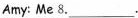
Amy: Me 8.___.